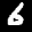
Label: 6